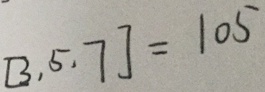
[ 3 , 5 , 7 ] = 1 0 5